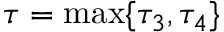
\tau = \operatorname* { m a x } \{ \tau _ { 3 } , \tau _ { 4 } \}